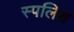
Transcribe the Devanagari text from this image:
स्पलिश